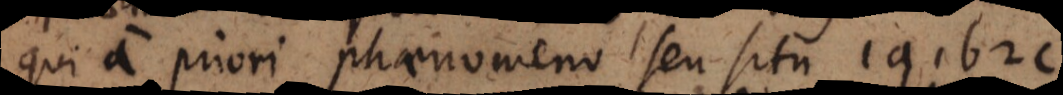
qui a priori phaenomeno seu situ 1a1b2c